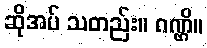
ဆိုအပ် သတည်း။ ဂဏ္ဌိ။